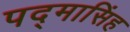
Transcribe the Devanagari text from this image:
पद्‌मासिंह